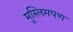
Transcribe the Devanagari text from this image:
मुस्लिमपण